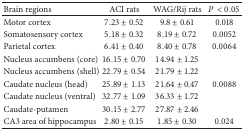
<table><thead><tr><td><b>Brain regions</b></td><td><b>ACI rats</b></td><td><b>WAG/Rij rats</b></td><td><b><i>P</i> &lt; 0.05</b></td></tr></thead><tbody><tr><td>Motor cortex </td><td>7.23 ± 0.52</td><td>9.8 ± 0.61</td><td>0.018</td></tr><tr><td>Somatosensory cortex</td><td>5.18 ± 0.32</td><td>8.19 ± 0.72</td><td>0.0052</td></tr><tr><td>Parietal cortex</td><td>6.41 ± 0.40</td><td>8.40 ± 0.78</td><td>0.0064</td></tr><tr><td>Nucleus accumbens (core)</td><td>16.15 ± 0.70</td><td>14.94 ± 1.25</td><td> </td></tr><tr><td>Nucleus accumbens (shell)</td><td>22.79 ± 0.54</td><td>21.79 ± 1.22</td><td> </td></tr><tr><td>Caudate nucleus (head)</td><td>25.89 ± 1.13</td><td>21.64 ± 0.47</td><td>0.0088</td></tr><tr><td>Caudate nucleus (ventral)</td><td>32.77 ± 1.09</td><td>36.33 ± 1.72</td><td> </td></tr><tr><td>Caudate-putamen</td><td>30.15 ± 2.77</td><td>27.87 ± 2.46</td><td> </td></tr><tr><td>CA3 area of hippocampus</td><td>2.80 ± 0.15</td><td>1.85 ± 0.30</td><td>0.024</td></tr></tbody></table>